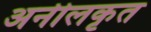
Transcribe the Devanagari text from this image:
अनीलकृत